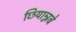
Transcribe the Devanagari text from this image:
छियान्नबे